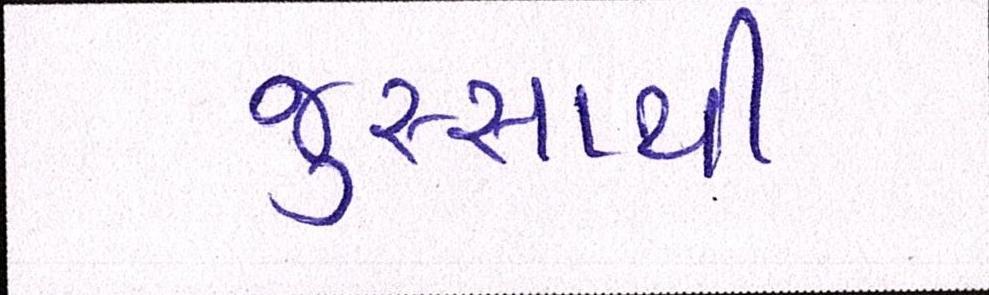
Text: જુસ્સાથી